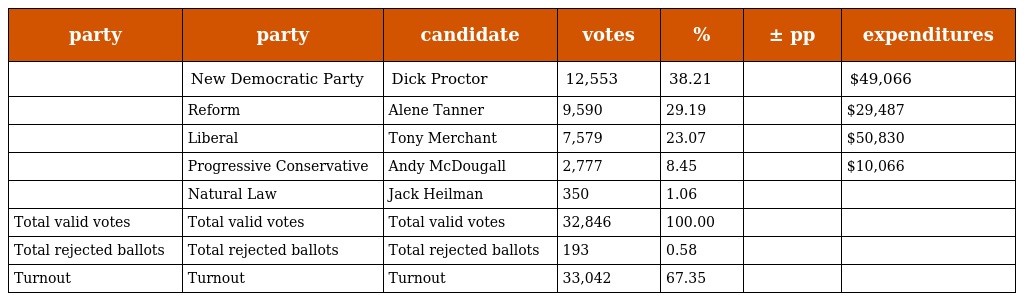
| party | party | candidate | votes | % | ± pp | expenditures |
 | --- | --- | --- | --- | --- | --- | --- |
 |  | New Democratic Party | Dick Proctor | 12,553 | 38.21 |  | $49,066 |
 |  | Reform | Alene Tanner | 9,590 | 29.19 |  | $29,487 |
 |  | Liberal | Tony Merchant | 7,579 | 23.07 |  | $50,830 |
 |  | Progressive Conservative | Andy McDougall | 2,777 | 8.45 |  | $10,066 |
 |  | Natural Law | Jack Heilman | 350 | 1.06 |  |  |
 | Total valid votes | Total valid votes | Total valid votes | 32,846 | 100.00 |  |  |
 | Total rejected ballots | Total rejected ballots | Total rejected ballots | 193 | 0.58 |  |  |
 | Turnout | Turnout | Turnout | 33,042 | 67.35 |  |  |